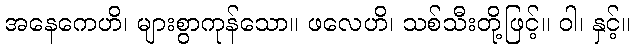
အနေကေဟိ၊ များစွာကုန်သော။ ဖလေဟိ၊ သစ်သီးတို့ဖြင့်။ ဝါ၊ နှင့်။